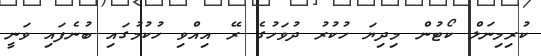
ކުރިމިނަލް ކޯޓުން މިދިޔަ ހުކުރު ދުވަހުގެ ރޭ އިއްވި ހުކުމުގައި ބުނެފައި ވަނީ